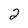
Character: 2